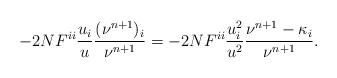
LaTeX: \begin{align*}-2N F^{ii}\frac{u_i}{u} \frac{(\nu^{n+1})_i}{\nu^{n+1}}=-2N F^{ii}\frac{u_i^2}{u^2} \frac{\nu^{n+1}-\kappa_i}{\nu^{n+1}}.\end{align*}